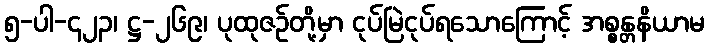
၅-ပါ-၄၂၃၊ ဋ္ဌ-၂၆၉၊ ပုထုဇဉ်တို့မှာ ငုပ်မြဲငုပ်ရသောကြောင့် အစ္စန္တနိယာမ